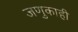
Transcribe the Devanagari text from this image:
जणुकाही